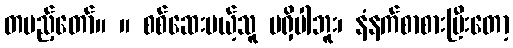
တပည့်တော်။ ။ စစ်ဆေးမယ့်သူ မရှိပါဘူး၊ နံနက်စာစားပြီးတော့